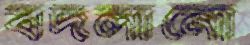
বদলানো